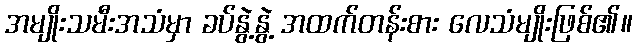
အမျိုးသမီးအသံမှာ ခပ်နွဲ့နွဲ့ အထက်တန်းစား လေသံမျိုးဖြစ်၏။